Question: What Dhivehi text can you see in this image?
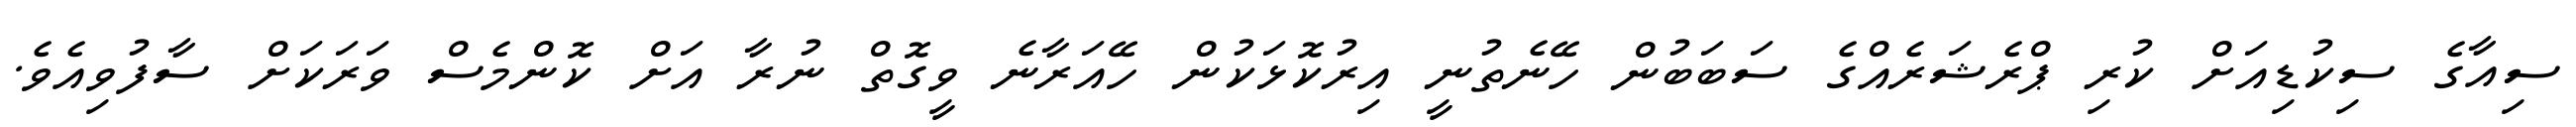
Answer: ސިއާގެ ސިކުޑިއަށް ކުރި ޕްރެޝަރެއްގެ ސަބަބުން ހޭނެތުނީ އިރުކޮޅަކުން ހޭއަރާނެ ވީގޮތް ނުރާ އަށް ކޮންމެސް ވަރަކަށް ސާފުވިއެވެ.